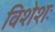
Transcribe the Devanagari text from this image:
विशेशः